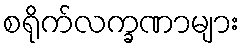
စရိုက်လက္ခဏာများ